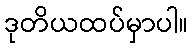
ဒုတိယထပ်မှာပါ။